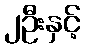
၂ဦးနှင့်